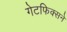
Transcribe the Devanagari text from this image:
गेटफिक्सने